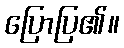
ပြောပြ၏။